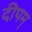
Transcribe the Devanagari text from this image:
दीपम्‌